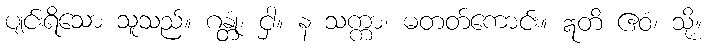
ပျင်းရိသော သူသည်။ ဂန္တုံ၊ ငှါ။ န သက္ကာ၊ မတတ်ကောင်း။ ဣတိ ဧဝံ၊ သို့။